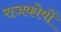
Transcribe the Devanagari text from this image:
राजकोषों